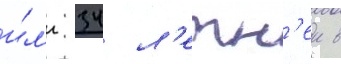
и́л'и 34 л'етн'еи в